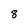
Character: 8